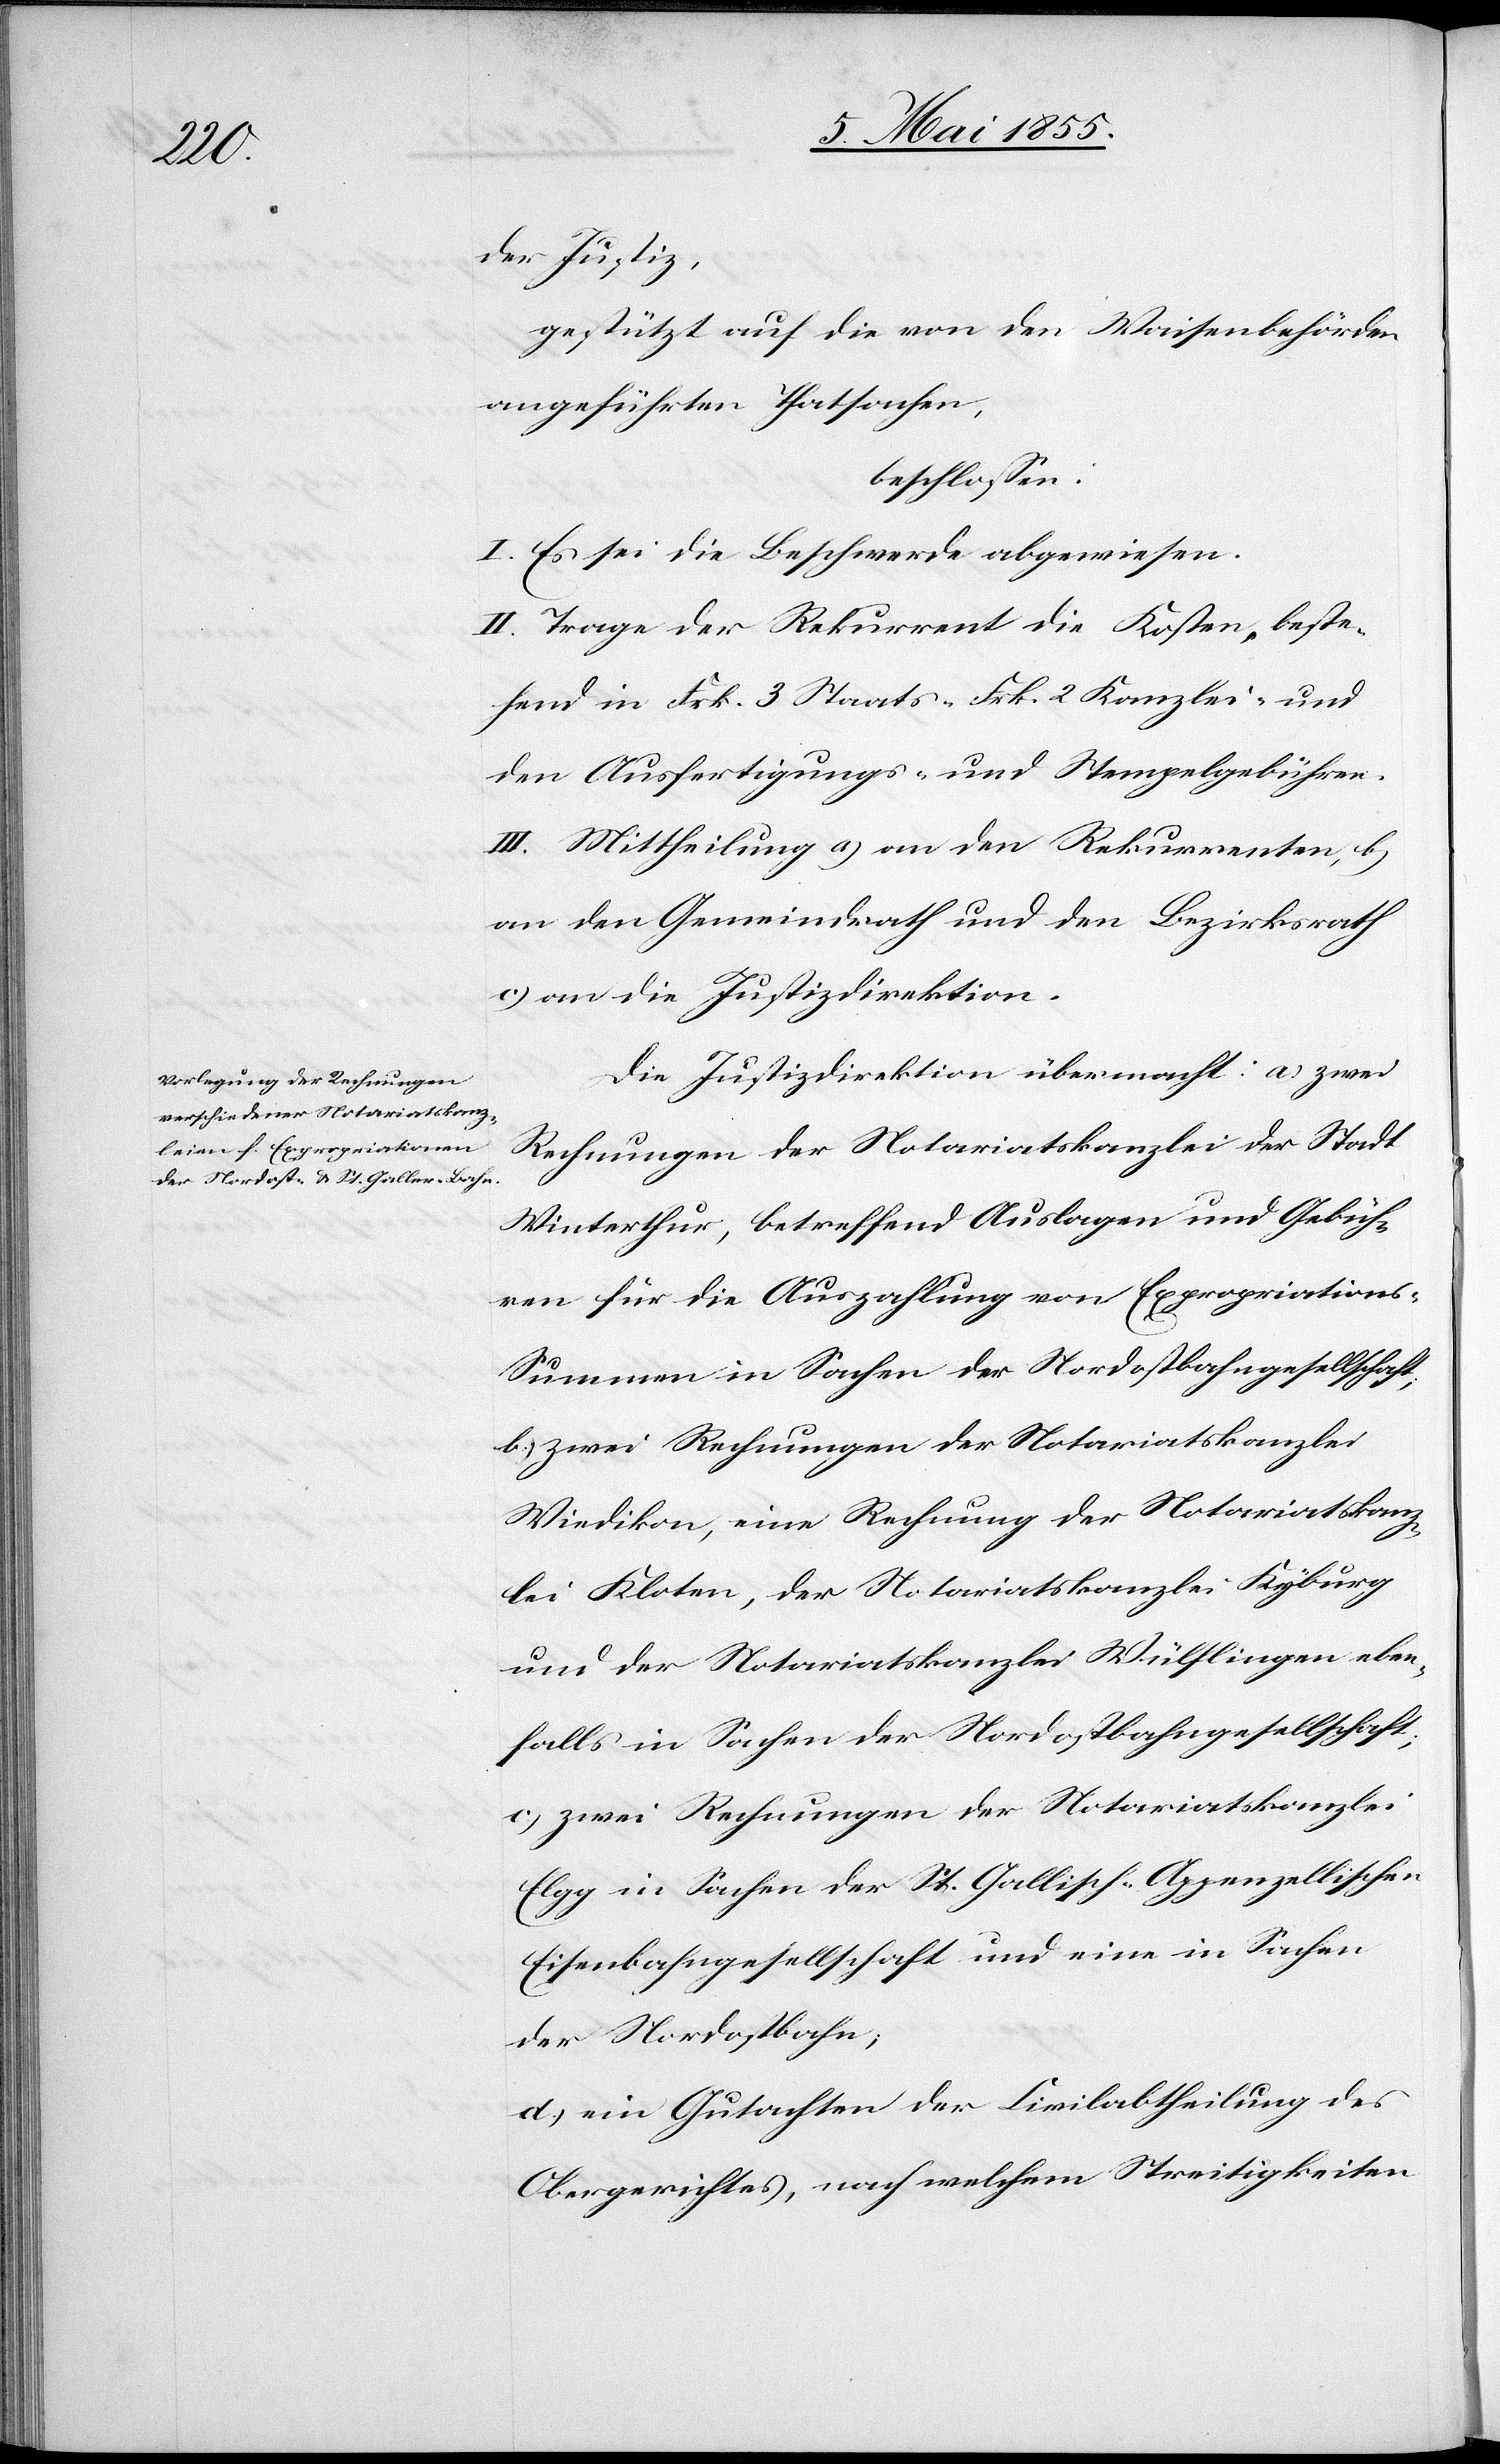
der Justiz,
gestützt auf die von den Waisenbehörden
angeführten Thatsachen,
beschlossen:
I. Es sei die Beschwerde abgewiesen.
II. Trage der Rekurrent die Kosten, beste¬
hend in Frk. 3 Staats-[,] Frk. 2 Kanzlei- und
den Ausfertigungs- und Stempelgebühren.
III. Mittheilung a) an den Rekurrenten, b)
an den Gemeindrath und den Bezirksrath
c) an die Justizdirektion.
Die Justizdirektion übermacht: a) zwei
Rechnungen der Notariatskanzlei der Stadt
Winterthur, betreffend Auslagen und Gebüh¬
ren für die Auszahlung von Expropriation¬
s-Summen in Sachen der Nordostbahngesellschaft;
b.) zwei Rechnungen der Notariatskanzlei
Wiedikon, eine Rechnung der Notariatskanz¬
lei Kloten, der Notariatskanzlei Kyburg
und der Notariatskanzlei Wülflingen eben¬
falls in Sachen der Nordostbahngesellschaft;
c) zwei Rechnungen der Notariatskanzlei
Elgg in Sachen der St. Gallisch-Appenzellischen
Eisenbahngesellschaft und eine in Sachen
der Nordostbahn;
d.) ein Gutachten der Civilabtheilung des
Obergerichtes, nach welchem Streitigkeiten